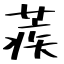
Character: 蒺